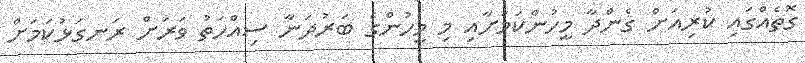
ގޮތެއްގައި ކުރިއަށް ގެންދާ މީހުންކަމަށާއި މި މީހުންގެ ބަރުދަނާ ސިއްހަތު ވަރަށް ރަނގަޅުކަމަށް